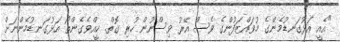
"އެއީ އަޅުގަނޑުމެންގެ މުވައްޒަފުންގެ ވެސް އޭރު ވިސްނުން ހުރި ގޮތް. ކީއްވެގެންތޯ އަޅުގަނޑުމެންނަށް